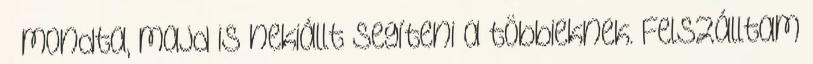
– mondta, majd is nekiállt segíteni a többieknek. Felszálltam